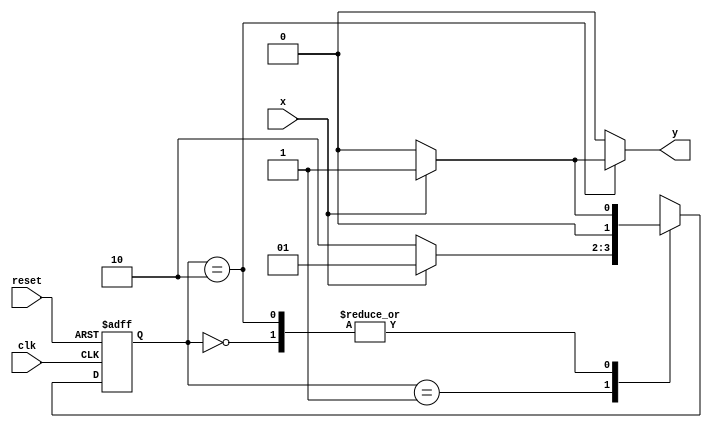
// ---------------------
// Guia 11_01 - Mealy - FSM capaz de reconhecer uma sequncia (101).
// Nome: Mrcia Cibele Martins Carneiro 
// ---------------------

//Implementar uma mquina de estados finitos (Mealy - FSM)capaz de reconhecer uma sequncia (101)com interseo (10101 ser considerada).
 
// -------------------------------------------------------------------------------------------------------------------------------------------------------------------

// ---------------
// --- Mealy FSM
// --- seq: 101
// ---------------


// constant definitions
`define found    1
`define notfound 0

// FSM by Mealy
module exercicio1_seq101_mealy ( y, x, clk, reset );

	output y;
	input  x;
	input  clk;
	input  reset;

	reg    y;

	parameter         // state identifiers 
		start  = 2'b00,
		id1    = 2'b01,
		id10   = 2'b10;

	reg [1:0] E1;	// current state variables
	reg [1:0] E2;	// next state logic output

	// next state logic
   always @( x or E1 )
		begin
		y = `notfound;
		
		case ( E1 )
			start:
				if ( x )
					E2 = id1;
				else
					E2 = start;
				
			id1:
				if ( x )
					E2 = id1;
				else
					E2 = id10;

			id10:
				if ( x )
				begin
					E2 =  id1;
					y  = `found;
				end
				else
				begin
					E2 =  start;
					y  = `notfound;
				end
	 
			default:   // undefined state
				E2 =  2'bxx;
		endcase
	  
		end // always at signal or state changing
		

	// state variables
		always @( posedge clk or negedge reset )
		begin
			if ( reset )
				E1 = E2;    // updates current state
			else
				E1 = 0;     // reset
		end // always at signal changing

endmodule // exercicio1_seq101_mealy


module Exercicio1;
	
	reg   clk, reset, x;
	wire  m1;

	exercicio1_seq101_mealy M1( m1, x, clk, reset );

	initial
	begin
		$display("Guia 11_01 - Marcia Cibele Martins Carneiro - 404591");
		$display("\nTime\tX   Seq 101" );

	// initial values
       clk   = 1;
       reset = 0;
       x     = 0;

	// input signal changing
		#10   reset = 1;
		#10  x = 1;
		#10  x = 0;
		#10  x = 0;
		#10  x = 1;
		#10  x = 0;
		#10  x = 1;
		#10  x = 1;
		#10  x = 1;
		#10  x = 1;
		#10  x = 0;
		#10  x = 1;
		#10  x = 1;
		#10  x = 1;
		#10  x = 0;
		#10  x = 1;
		#10  x = 0;
		#10  x = 0;
		#10  x = 0;
		
		#5 $finish;
	
	end // initial

	always
		#5 clk = ~clk;

	always @( posedge clk )
	begin
		$display ( "%4d \t%b\t%b", $time, x, m1);
	end // always at positive edge clocking changing

endmodule // 

/* Resultado obtido

     ----jGRASP exec: D:\MeusDocumentos\2010-2_arq1_programas\Icarus_Verilog\bin\vvp exercicio1.vvp
    
    Guia 11_01 - Marcia Cibele Martins Carneiro - 404591
    
    Time		X   Seq 101
      10 	0		0
      20 	1		0
      30 	0		0
      40 	0		0
      50 	1		0
      60 	0		0
      70 	1		1
      80 	1		0
      90 	1		0
     100 	1		0
     110 	0		0
     120 	1		1
     130 	1		0
     140 	1		0
     150 	0		0
     160 	1		1
     170 	0		0
     180 	0		0
     190 	0		0
    
     ----jGRASP: operation complete.
*/